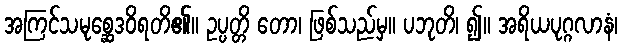
အကြင်သမုစ္ဆေဒဝိရတိ၏။ ဥပ္ပတ္တိ တော၊ ဖြစ်သည်မှ။ ပဘုတိ၊ ၍။ အရိယပုဂ္ဂလာနံ၊